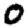
Digit: 0